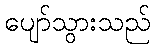
ပျော်သွားသည်